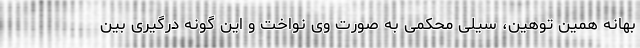
بهانه همین توهین، سیلی محکمی به صورت وی نواخت و این گونه درگیری بین